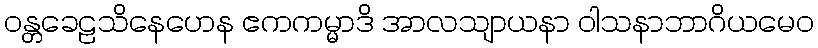
ဝန္တခေဠသိနေဟေန ဧကကမ္မာဒိ အာလသျာယနာ ဝါသနာဘာဂိယမေဝ